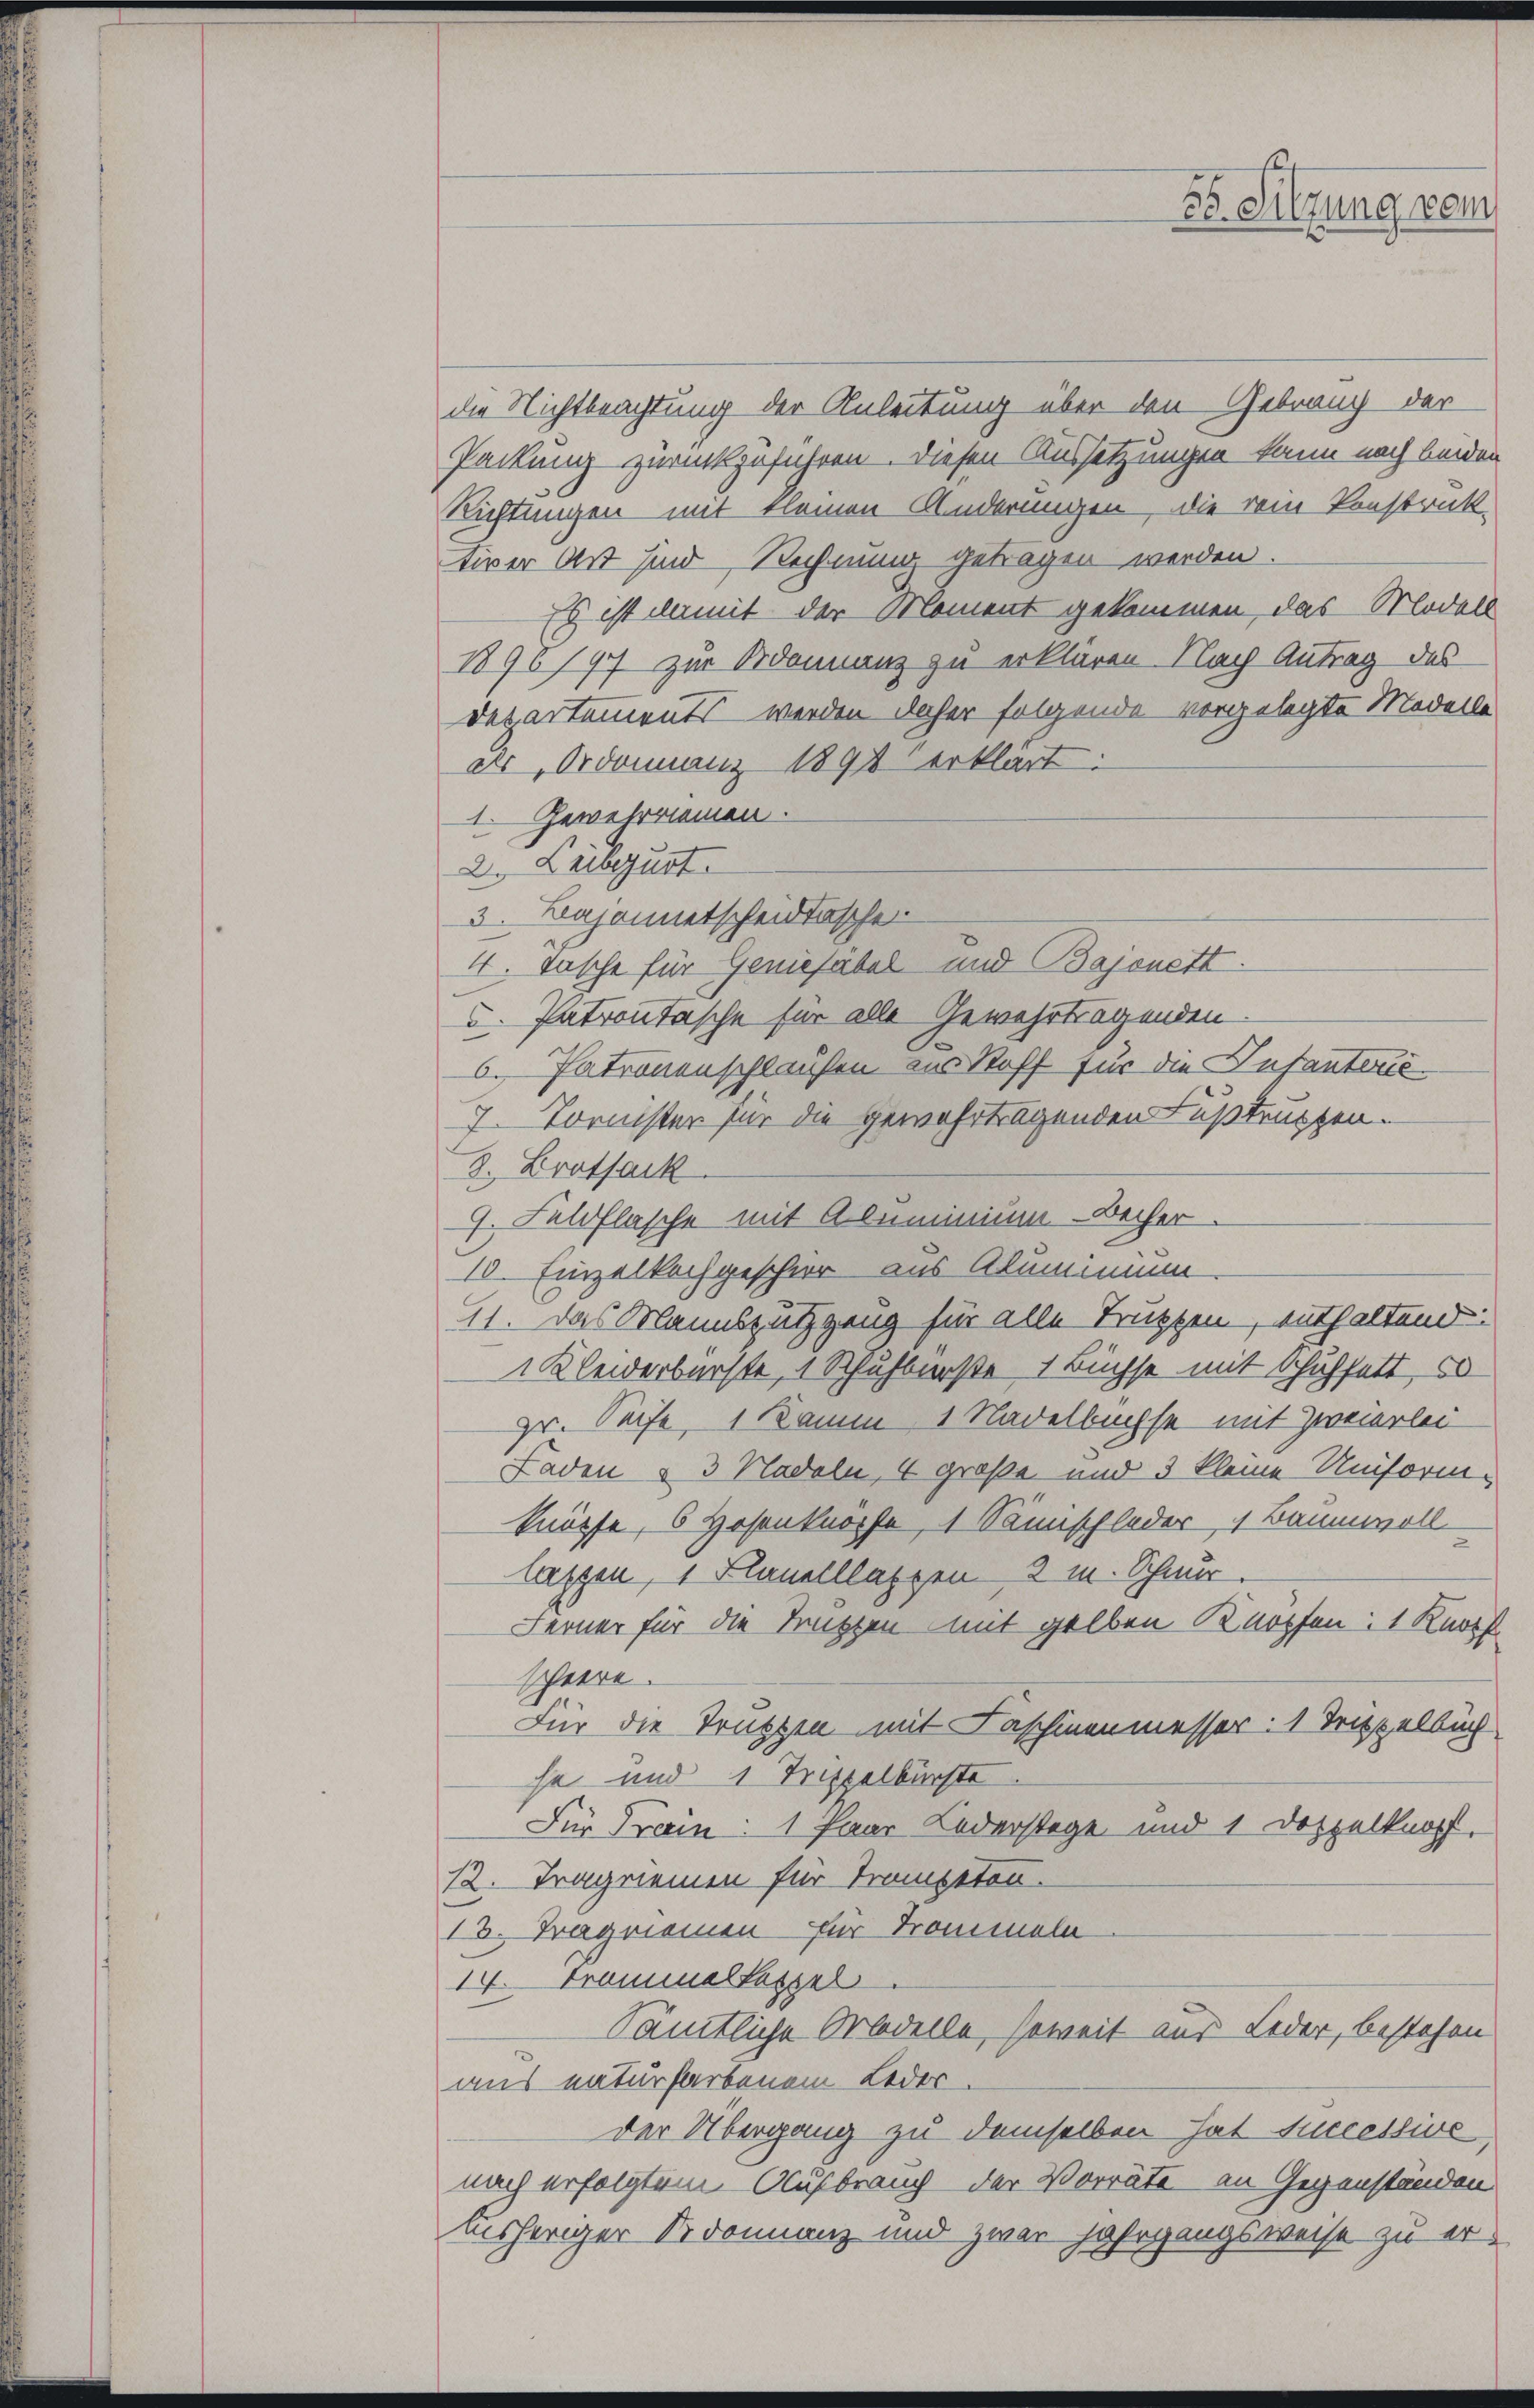
56. Silzung vom

die Nichtbeachtung der Anleitung über den Gebrauch der
Packung zurückzuführen. Diesen Aussetzungen kann nach beiden
Richtungen mit kleinen Änderungen, die vom Konstruk-
tiver Art sind Rechnung getragen werden.
Es ist damit der Moment gekommen, das Modell
1890/97 zur Ordonnanz zu erklären. Nach Antrag des
Departements werden daher folgende vorgelegte Modelle
dls, Ordonnanz 1891 erklärt:
1. Gewehrriemen.
Dr Leibgust.
3. Bajonnetscheidtasche
4. Tasche für Geniesäbel und Bajonett.
5. Patrontasche für alle Gewahrtragenden
6. Patronenschlaufen aus Stoff für die Infanterie¬
7. Tornister für die gewahrtragenden Fußtruppen.
8. Brotfack
9. Feldflasche mit Aluminium - Becher.
10. Einzelkochgeschier aus Aluminium
41. Das Mannszutzgang für alle Truppen, enthaltend.
 Kleiderbarste, 1 Schulberste 1 Büchse mit Schuhfett 50
Hr. Seife, 1 Kamin, 1 Nadelbuchse mit Zweierlei
Faden & 3 Nadeln, 1 große und 3 kleine Uniform-
knüpfe, 6 Hosenknörse, 1 Samischleder, 1 Baumwoll
lassen, 1 Flanelllaszen 2 m. Schnur
Ferner für die Trutzen mit gelben Knopfen: 1 Knopf
schwere.
Für die Truppen mit Faschinenmesser: 1 Treppelbuch
se und 1 Trippelbürste
Für Frain: 1 Paar Lederstage und 1 Doppelknopf.
12. Tragnienen für Trompeten.
12. Tragmenen für Trommeln
14. Trammalkassel
Sämtliche Medelle, soweit aus Leder, bestehen
aus naturfarbenem Leder
der Übergang zu demselben hat successive
nach erfolgtem Aufbrauch der Vorräte an Gegenständen
bisheriger Ordonnanz und zwar jahrgangsweise zu er¬